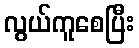
လွယ်ကူစေပြီး